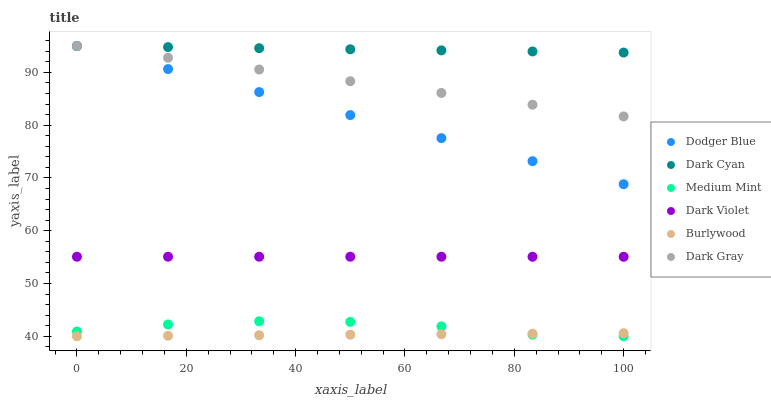
| xaxis_label | Dodger Blue | Dark Cyan | Medium Mint | Dark Violet | Burlywood | Dark Gray |
 | --- | --- | --- | --- | --- | --- | --- |
 | 0 | 95 | 95 | 40.9 | 55.1 | 40 | 95 |
 | 16.7 | 90.6 | 94.8 | 42.2 | 55.1 | 40.1 | 92.8 |
 | 33.3 | 86.3 | 94.6 | 42.8 | 55.1 | 40.2 | 90.6 |
 | 50 | 81.9 | 94.4 | 42.7 | 55.1 | 40.3 | 88.3 |
 | 66.7 | 77.5 | 94.2 | 41.9 | 55.1 | 40.4 | 86.1 |
 | 83.3 | 73.2 | 94 | 40.3 | 55.1 | 40.5 | 83.9 |
 | 100 | 68.8 | 93.8 | 40 | 55.1 | 40.6 | 81.7 |